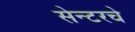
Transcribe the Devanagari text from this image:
सेन्टरचे